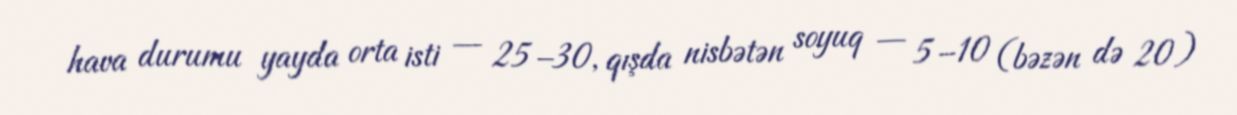
hava durumu yayda orta isti — 25–30, qışda nisbətən soyuq — 5–10 (bəzən də 20)